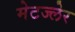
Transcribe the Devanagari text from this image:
मेटज्लेर